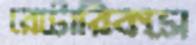
রেটোরিকসে